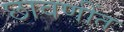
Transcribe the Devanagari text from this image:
छावणींत